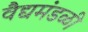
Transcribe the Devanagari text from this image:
वैद्यमंडळी